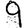
Digit: 9